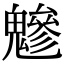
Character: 𩴑